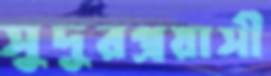
সুদূরপ্রয়াসী